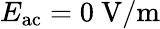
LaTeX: E_{\mathrm{ac}}=0~\mathrm{V/m}